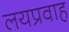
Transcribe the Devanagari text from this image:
लयप्रवाह